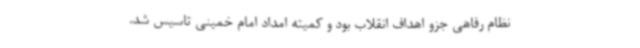
نظام رفاهی جزو اهداف انقلاب بود و کمیته امداد امام خمینی تاسیس شد.